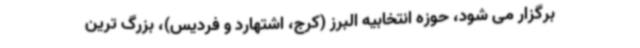
برگزار می شود، حوزه انتخابیه البرز (کرج، اشتهارد و فردیس)، بزرگ ترین